Indian journal of veterinary science and animal husbandry - Volume 12,
Year: 1942
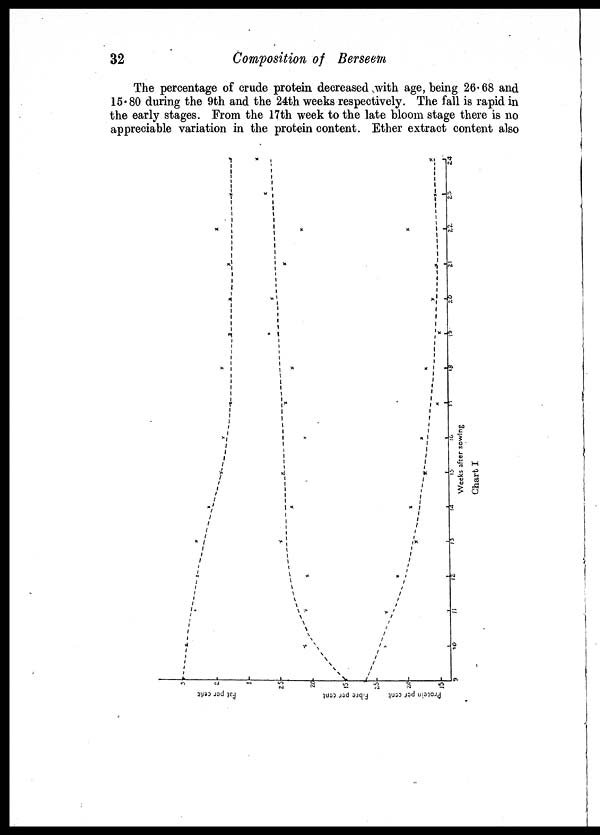
32
Composition of Berseem
The percentage of crude protein decreased with age, being 26.68 and
15.80 during the 9th and the 24th weeks respectively. The fall is rapid in
the early stages. From the 17th week to the late bloom stage there is no
appreciable variation in the protein content. Ether extract content also
Chart I